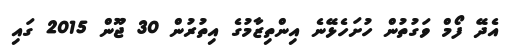
އެދޭ ފޯމް ވަގުތުން ހުށަހެޅޭނެ އިންތިޒާމުގެ އިތުރުން 30 ޖޫން 2015 ގައި